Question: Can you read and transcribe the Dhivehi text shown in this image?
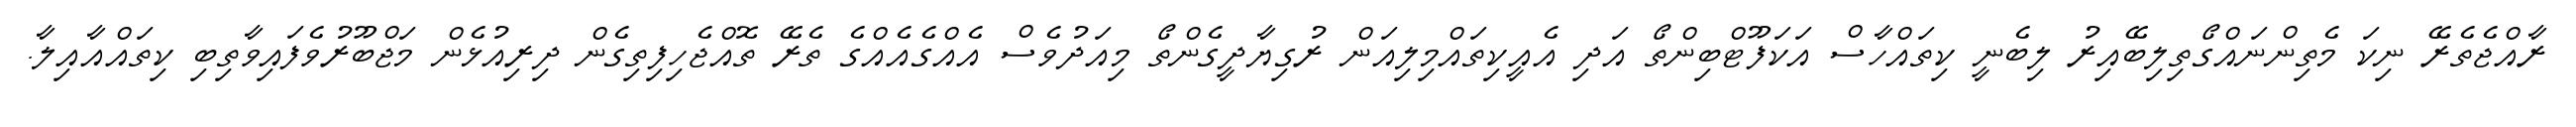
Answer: ރާއްޖެތެރޭ ނިކަ މެތިންނައްގޯތިލިބޭއިރު ލިބެނީ ކިތައްހާސް އަކަފޫޓްބިންތޯ އަދި އެއީކިތައްމިލިއަން ރުގިޔާދީގެންތޯ މިއަދުވެސް އެއްގެއެއްގެ ތެރޭ ތޮއްޖެހިފިތިގެން ދިރިއުޅެން މަޖްބޫރުވެފައިވާތިބި ކިތައްއާއިލާ.